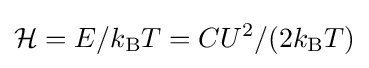
{\mathcal {H}}=E/k_{\text{B}}T=CU^{2}/(2k_{\text{B}}T)